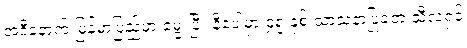
အဲဒီနောက် မြန်မာပြည်မှာ မွေးပြီး နီပေါမှာ ၄၅ နှစ် သာသနာပြုခဲ့တဲ့ သီလရှင်